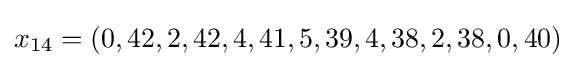
x_{14}=(0,42,2,42,4,41,5,39,4,38,2,38,0,40)